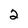
Character: 2